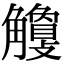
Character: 𧥎